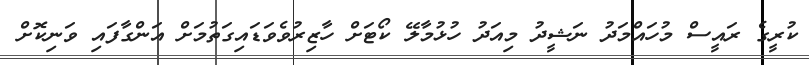
ކުރީގެ ރައީސް މުހައްމަދު ނަޝީދު މިއަދު ހުޅުމާލޭ ކޯޓަށް ހާޒިރުވެވަޑައިގަތުމަށް އަންގާފައި ވަނިކޮށް